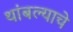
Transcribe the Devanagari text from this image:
थांबल्याचे